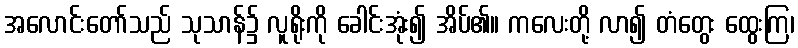
အလောင်းတော်သည် သုသာန်၌ လူရိုးကို ခေါင်းအုံး၍ အိပ်၏။ ကလေးတို့ လာ၍ တံတွေး ထွေးကြ၊